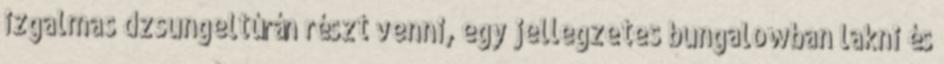
izgalmas dzsungeltúrán részt venni, egy jellegzetes bungalowban lakni és